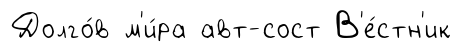
Долго́в м'и́ра авт-сост В'е́стн'ик